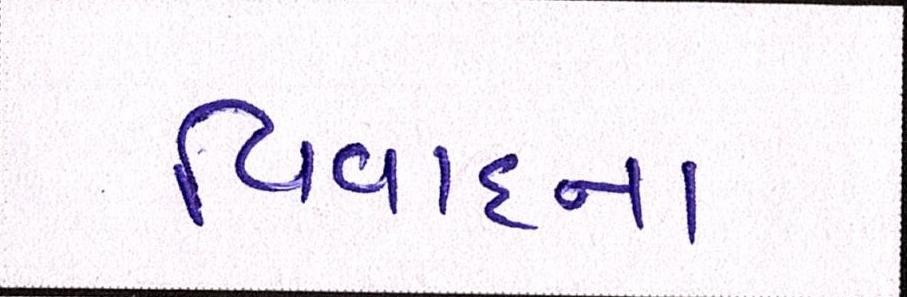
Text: વિવાદના